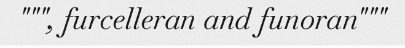
""", furcelleran and funoran"""